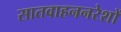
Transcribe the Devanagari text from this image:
सातवाहननरेशों